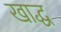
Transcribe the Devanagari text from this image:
खाद्ध